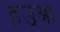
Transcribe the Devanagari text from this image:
हउआ